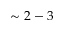
\sim 2 - 3